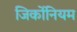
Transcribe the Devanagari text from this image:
जिर्कोनियम